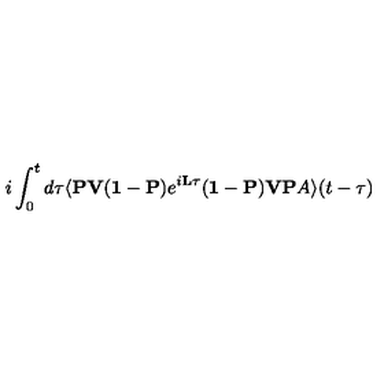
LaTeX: i \int _ { 0 } ^ { t } d \tau \langle { \bf P V } ( { \bf 1 } - { \bf P } ) e ^ { i { \bf L } \tau } ( { \bf 1 } - { \bf P } ) { \bf V P } A \rangle ( t - \tau )